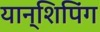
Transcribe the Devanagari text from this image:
यान्शिपिंग